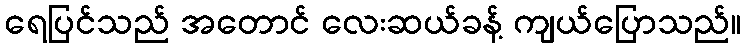
ရေပြင်သည် အတောင် လေးဆယ်ခန့် ကျယ်ပြောသည်။